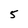
Character: 5